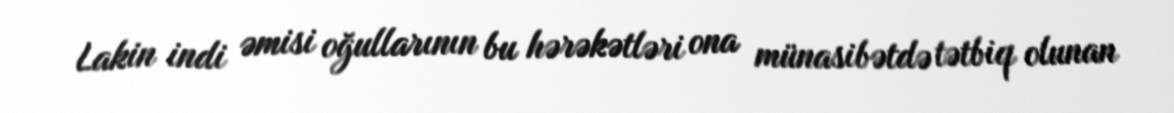
Lakin indi əmisi oğullarının bu hərəkətləri ona münasibətdə tətbiq olunan